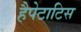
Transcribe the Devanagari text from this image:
हैपेटाटिस